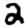
Digit: 2